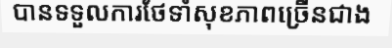
បានទទួលការថែទាំសុខភាពច្រើនជាង